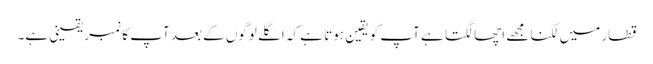
قطار میں لگنا مجھے اچھا لگتا ہے آپ کو یقین ہوتا ہے کہ اگلے لوگوں کے بعد آپ کا نمبر یقینی ہے۔